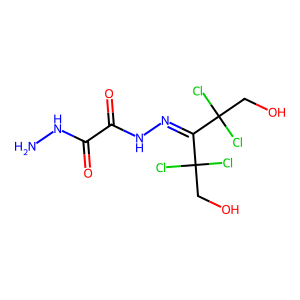
SMILES: NNC(=O)C(=O)NN=C(C(Cl)(Cl)CO)C(Cl)(Cl)CO
Inhibits HIV replication: No